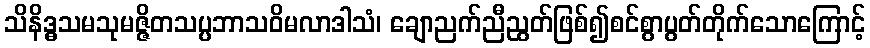
သိနိဒ္ဓသမသုမဇ္ဇိတသပ္ပဘာသဝိမလာဒါသံ၊ ချောညက်ညီညွတ်ဖြစ်၍စင်စွာပွတ်တိုက်သောကြောင့်